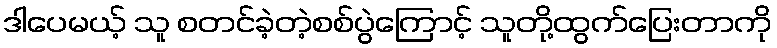
ဒါပေမယ့် သူ စတင်ခဲ့တဲ့စစ်ပွဲကြောင့် သူတို့ထွက်ပြေးတာကို